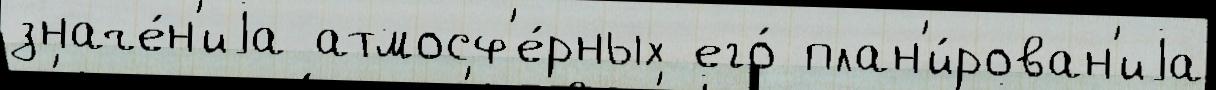
значе́н'иjа атмосф'е́рных его́ план'и́рован'иjа